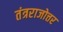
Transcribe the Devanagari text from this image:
तंत्रराजोत्तर